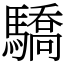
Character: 驕